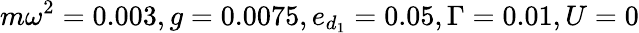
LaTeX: m\omega^{2}=0.003,g=0.0075,e_{d_{1}}=0.05,\Gamma=0.01,U=0